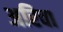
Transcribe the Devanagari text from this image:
अरिवा